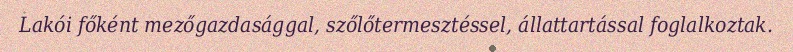
Lakói főként mezőgazdasággal, szőlőtermesztéssel, állattartással foglalkoztak.